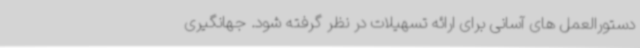
دستورالعمل های آسانی برای ارائه تسهیلات در نظر گرفته شود. جهانگیری